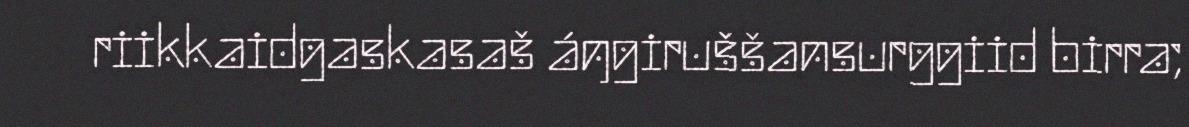
riikkaidgaskasaš áŋgiruššansurggiid birra;